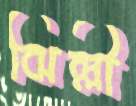
ঝিল্লী